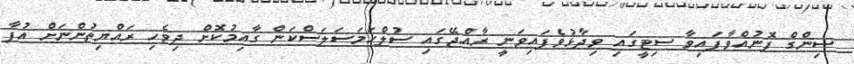
ސިންގް ފޮނުއްވާފައިވާ ސިޓީގައި ވިދާޅުވެފައިވަނީ ރާއްޖޭގައި ސުލްހަމަސަލަސްކަން ގާއިމުކޮށް ދިވެހި ރައްޔިތުންނަށް އުފާ